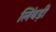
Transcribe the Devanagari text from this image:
लिंबड़ी